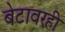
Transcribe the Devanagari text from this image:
बेटावरही